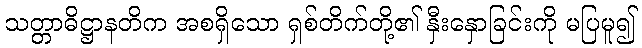
သတ္တာဓိဋ္ဌာနတိက အစရှိသော ရှစ်တိက်တို့၏ နှီးနှောခြင်းကို မပြမူ၍